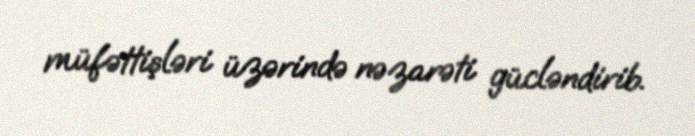
müfəttişləri üzərində nəzarəti gücləndirib.